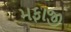
મફાજી